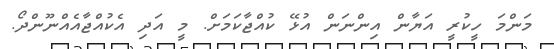
މަންމަ ހީކުރީ އަޔާން އިންނަން އުޅޭ ކުއްޖާކަމަށް. މީ އަދި އެކުއްޖާއެއްނޫންދޯ.